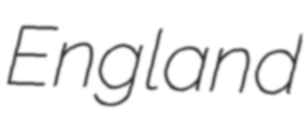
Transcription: England